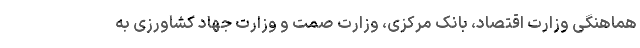
هماهنگی وزارت اقتصاد، بانک مرکزی، وزارت صمت و وزارت جهاد کشاورزی به